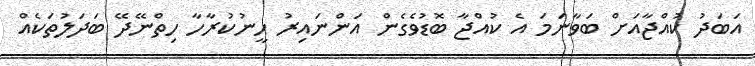
އަބަދު ކުއްޖާއަށް ބަވާނަމަ އެ ކުއްޖާ ބޮޑުވެގެން އަންނައިރު ހީނުކުރާހާ ހިތްނޭދޭ ބަދަލުތަކެއް